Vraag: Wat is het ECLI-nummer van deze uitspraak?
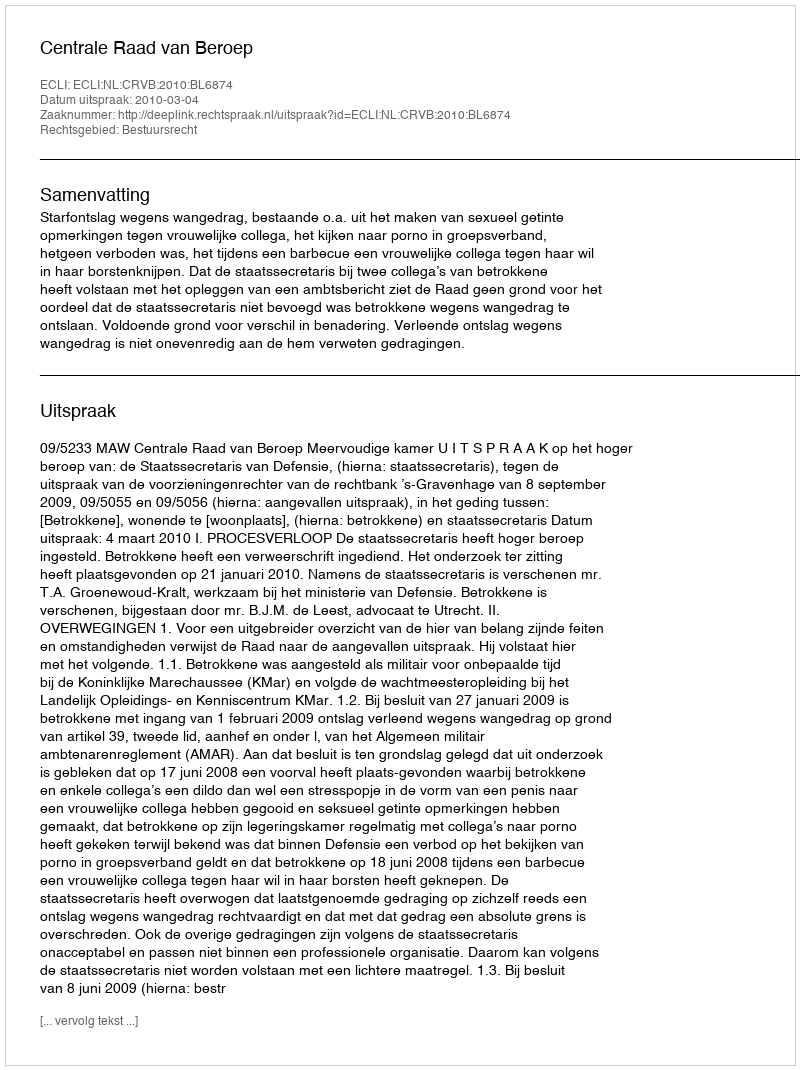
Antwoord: ECLI:NL:CRVB:2010:BL6874